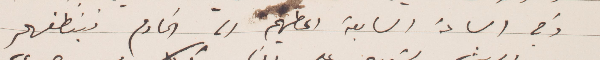
وفي الساعة السابعة اعطيهم الى الخادم فينظفهم